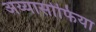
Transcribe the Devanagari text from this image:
अय्यासोफिया